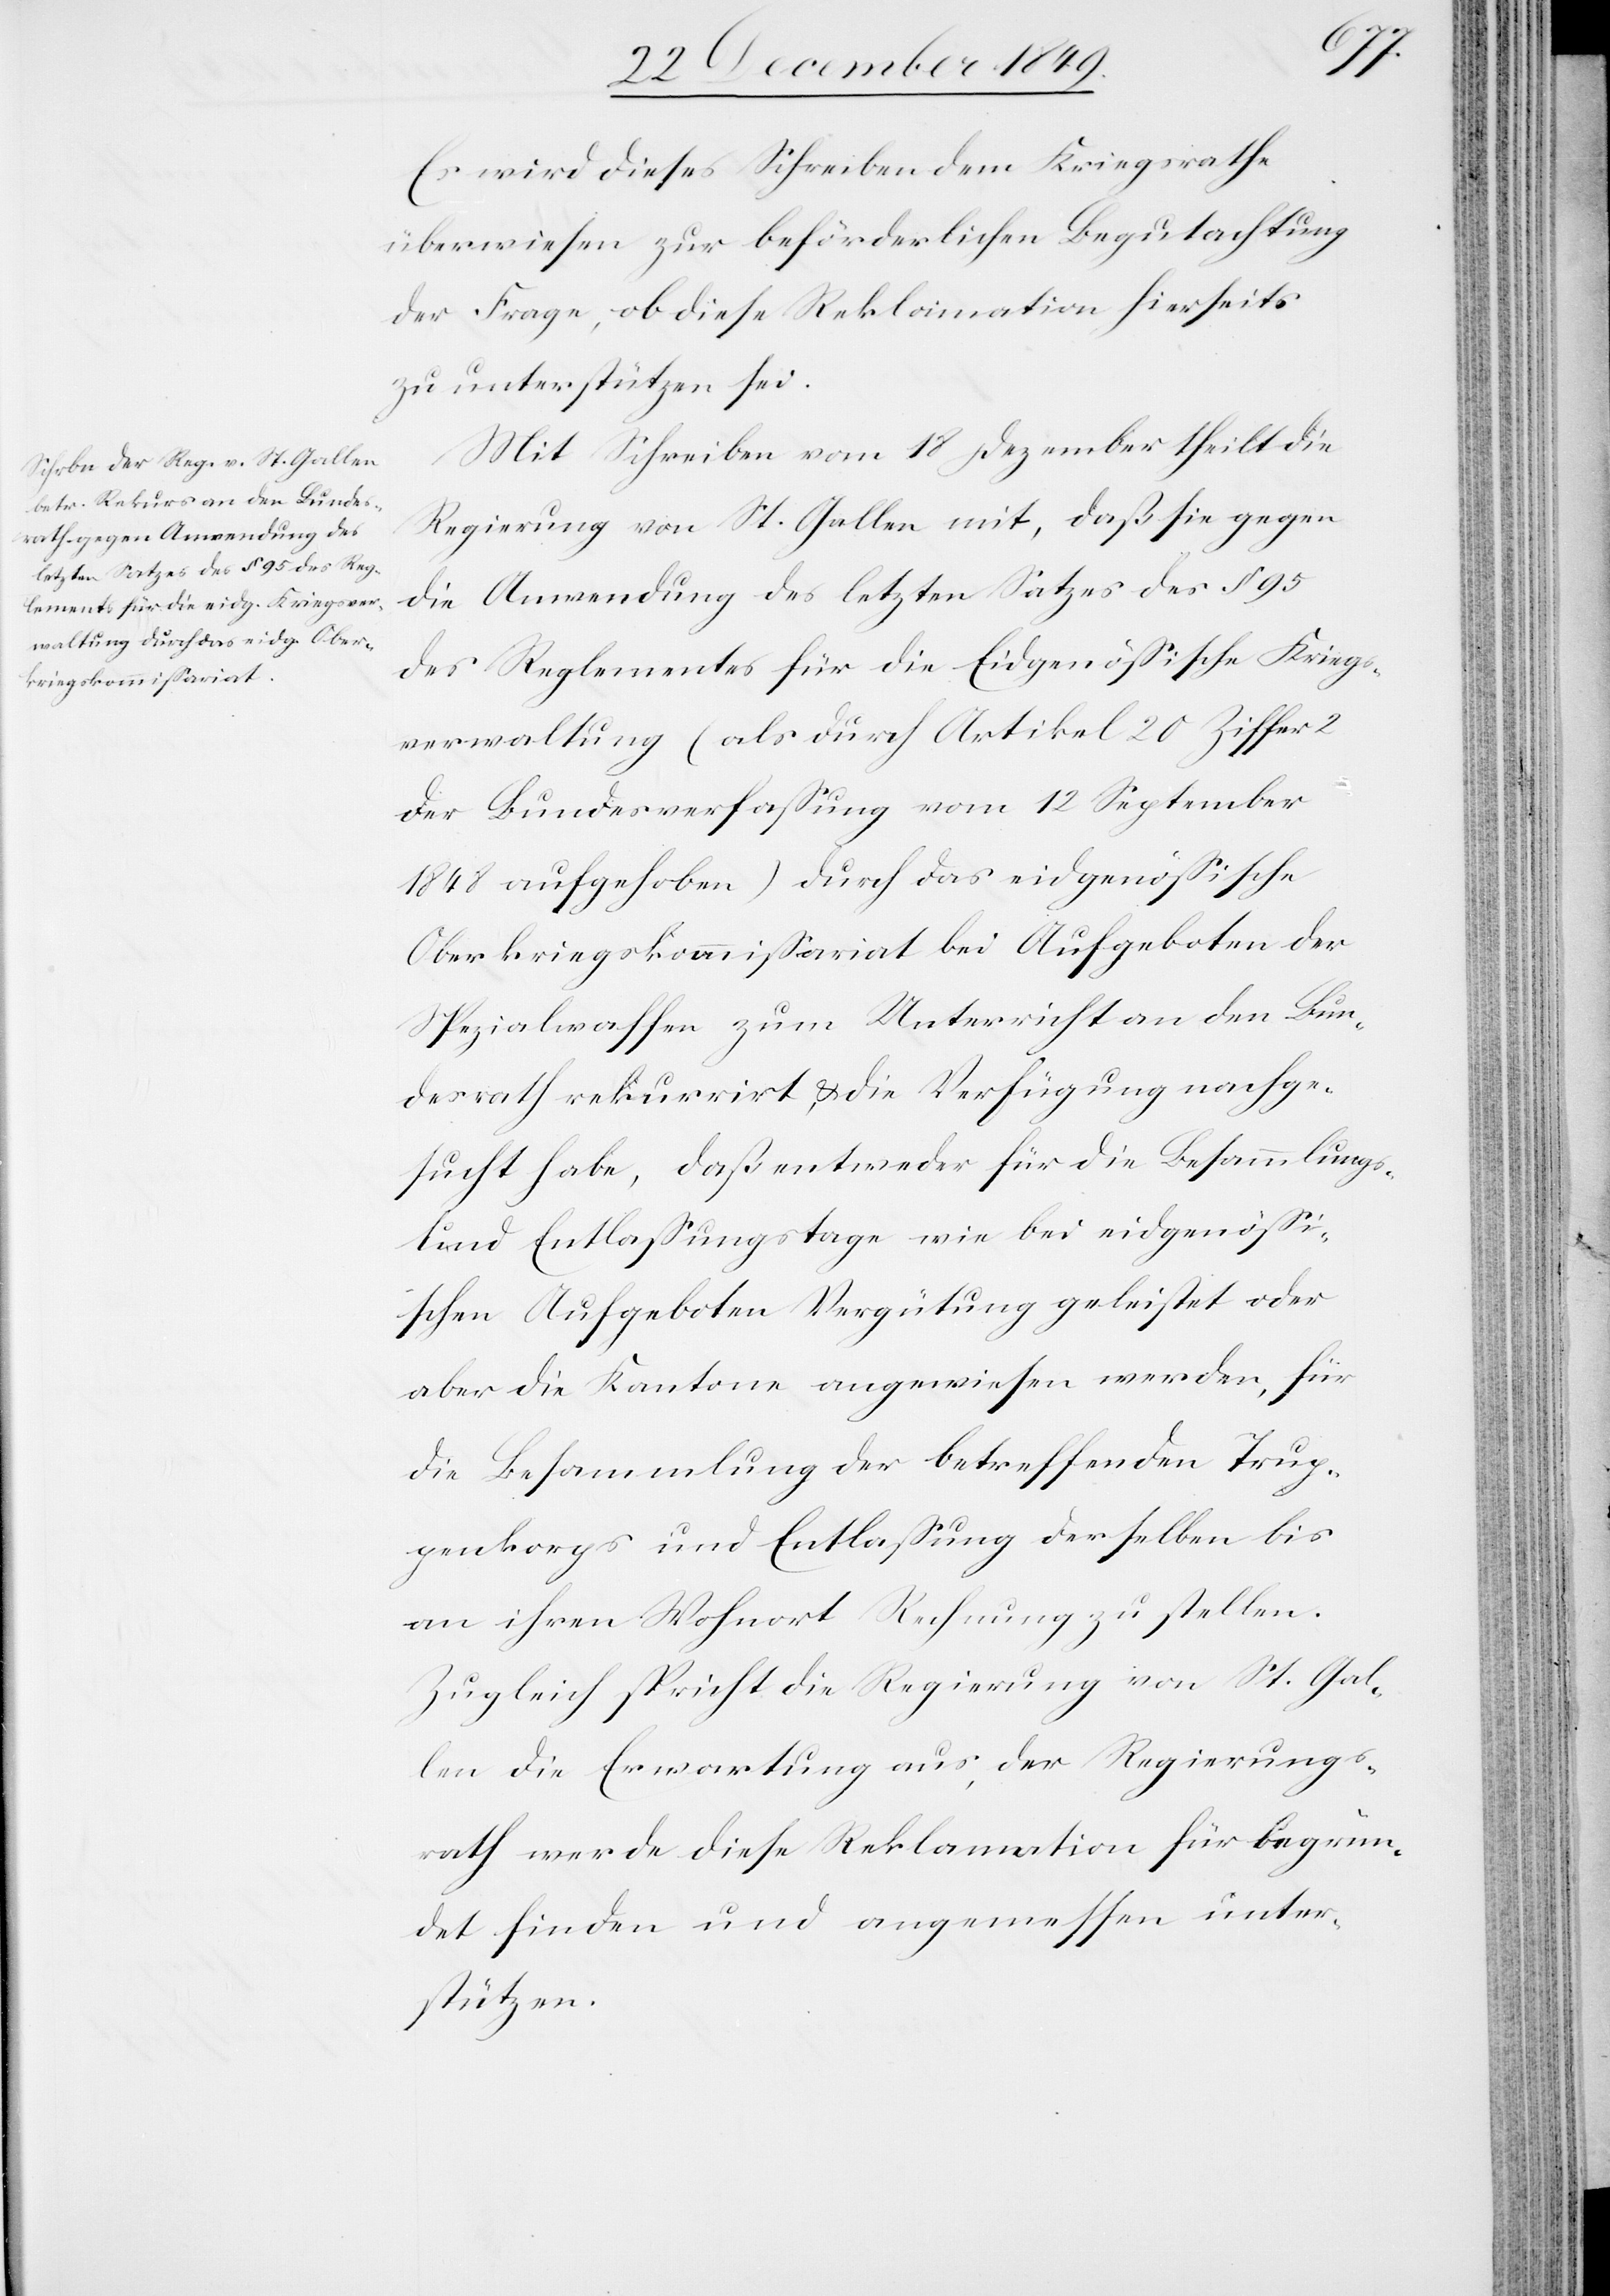
Es wird dieses Schreiben dem Kriegsrathe
überwiesen zur beförderlichen Begutachtung
der Frage, ob diese Reklamation hierseits
zu unterstützen sei.
Mit Schreiben vom 18 Dezember theilt die
Regierung von St. Gallen mit, daß sie gegen
die Anwendung des letzten Satzes des § 95
des Reglementes für die Eidgenößische Kriegs¬
verwaltung (als durch Artikel 20 Ziffer 2
der Bundesverfaßung vom 12 September
1848 aufgehoben) durch das eidgenößische
Oberkriegskommißariat bei Aufgeboten der
Spezialwaffen zum Unterricht an den Bun¬
desrath rekurrirt, u. die Verfügung nachge¬
sucht habe, daß entweder für die Besammlungs-
und Entlaßungstage wie bei eidgenößi¬
schen Aufgeboten Vergütung geleistet oder
aber die Kantone angewiesen werden, für
die Besammlung der betreffenden Trup¬
penkorps und Entlaßung derselben bis
an ihren Wohnort Rechnung zu stellen.
Zugleich spricht die Regierung von St. Gal¬
len die Erwartung aus, der Regierungs¬
rath werde diese Reklamation für begrün¬
det finden und angemessen unter¬
stützen.